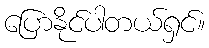
ပြောနိုင်ပါတယ်ရှင်။